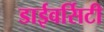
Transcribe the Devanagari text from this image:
डाईवर्सिटी